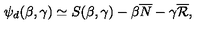
\psi _ { d } ( \beta , \gamma ) \simeq S ( \beta , \gamma ) - \beta \overline { N } - \gamma \overline { { \cal R } } ,